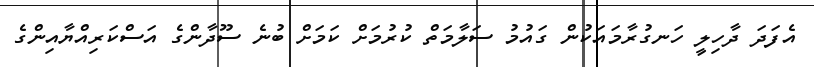
އެފަދަ ދާހިލީ ހަނގުރާމައަކުން ގައުމު ސަލާމަތް ކުރުމަށް ކަމަށް ބުނެ ސޫދާންގެ އަސްކަރިއްޔާއިންގެ